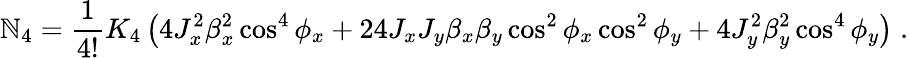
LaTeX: \mathbb{N}_{4}=\frac{{1}}{{4!}}K_{4}\left(4J_{x}^{2}\beta_{x}^{2}\cos^{4}{\phi_{x}}+24J_{x}J_{y}\beta_{x}\beta_{y}\cos^{2}{\phi_{x}}\cos^{2}{\phi_{y}}+4J_{y}^{2}\beta_{y}^{2}\cos^{4}{\phi_{y}}\right)\; .